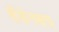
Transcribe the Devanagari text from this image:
शेंडेनक्षत्र